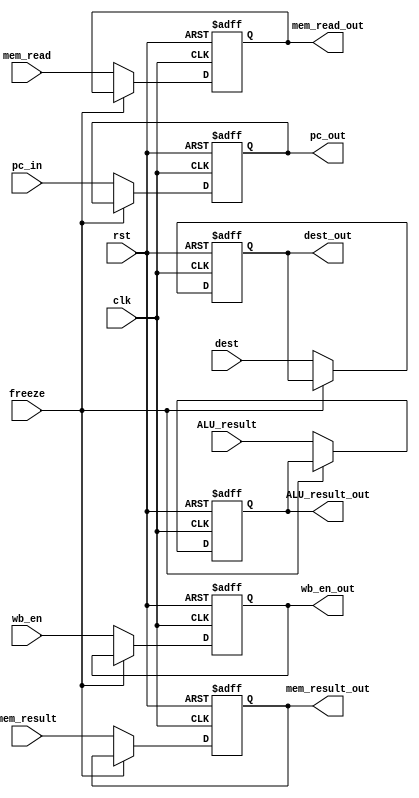
module MEM_WB_REG(
	input clk,
	input rst,
	input [31:0] pc_in,
	input [31:0] ALU_result, 
	input wb_en,
	input mem_read,
	input [4:0] dest,
	input [31:0] mem_result,
	input freeze,
	output reg[31:0] pc_out,
	output reg[31:0] ALU_result_out,
	output reg wb_en_out,
	output reg mem_read_out,
	output reg [4:0] dest_out,
	output reg [31:0] mem_result_out
);

	always@(posedge clk, posedge rst) begin
		if(rst) begin
			pc_out <= 32'b0;
			ALU_result_out <= 32'b0;
			wb_en_out <= 1'b0;
			mem_read_out <= 1'b0;
			dest_out <= 5'b0;
			mem_result_out <= 32'b0;
		end
		else if(freeze == 1'b0) begin
			pc_out <= pc_in;
			ALU_result_out <= ALU_result;
			wb_en_out <= wb_en;
			mem_read_out <= mem_read;
			dest_out <= dest;
			mem_result_out <= mem_result;
		end
	end

endmodule